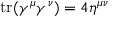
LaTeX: \operatorname { t r } ( \gamma ^ { \mu } \gamma ^ { \nu } ) = 4 \eta ^ { \mu \nu }